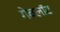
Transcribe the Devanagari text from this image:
गेवलॉट